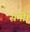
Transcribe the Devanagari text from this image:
समी।